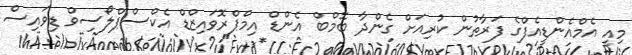
މިއީ އެމްއެންޑީއެފްގެ ފަރާތުން ކުރިއަށް ގެންދާ ބޮމްބް އެންޑް އިމްޕްރޮވައިޒްޑް އެކްސްޕްލޯސިވް ޑިވައިސް